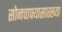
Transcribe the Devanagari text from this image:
सोनचाफ्यासारख्या